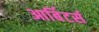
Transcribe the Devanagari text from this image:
आर्बिटर्स